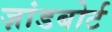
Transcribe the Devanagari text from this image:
ज़ांडबोर्ट